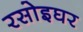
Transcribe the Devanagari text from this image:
रसोइघर